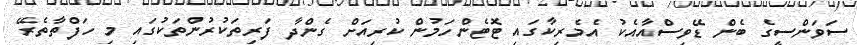
ސަވަންސީގެ ބެން ޑޭވިސްއާއެކު އެމެރިކާގައި ޓޮޓެންހަމުން ކުރިއަށް ގެންދާ ފަރިތަކުރުންތަކުގައި މި ހަފްތާތެރޭ